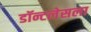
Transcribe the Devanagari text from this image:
डॉन्टलेसला